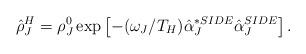
LaTeX: \begin{align*}\hat{\rho}^H_J =\rho ^0_J \exp \left[-(\omega _J/T_H )\hat{\alpha}_J^{*SIDE} \hat{\alpha}_J^{SIDE}\right]. \end{align*}